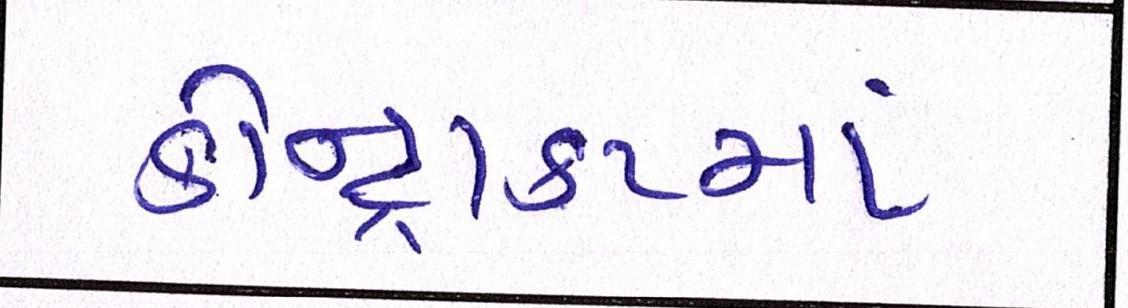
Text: કોન્ટ્રાકટમાં